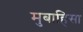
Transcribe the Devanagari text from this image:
मुबाहिसा